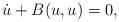
LaTeX: \begin{align*}\dot{u}+B(u,u)=0,\end{align*}